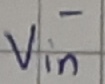
Text: -Vin